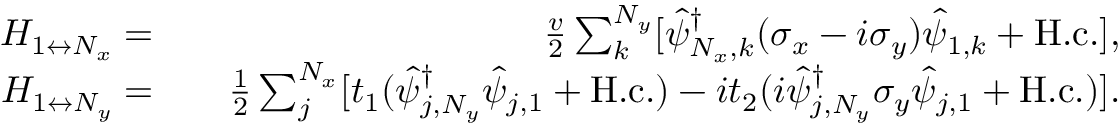
\begin{array} { r l r } { H _ { 1 \leftrightarrow N _ { x } } = } & { } & { \frac { v } { 2 } \sum _ { k } ^ { N _ { y } } [ \hat { \psi } _ { N _ { x } , k } ^ { \dag } ( \sigma _ { x } - i \sigma _ { y } ) \hat { \psi } _ { 1 , k } + \mathrm { H . c . } ] , } \\ { H _ { 1 \leftrightarrow N _ { y } } = } & { } & { \frac { 1 } { 2 } \sum _ { j } ^ { N _ { x } } [ t _ { 1 } ( \hat { \psi } _ { j , N _ { y } } ^ { \dag } \hat { \psi } _ { j , 1 } + \mathrm { H . c . } ) - i t _ { 2 } ( i \hat { \psi } _ { j , N _ { y } } ^ { \dag } \sigma _ { y } \hat { \psi } _ { j , 1 } + \mathrm { H . c . } ) ] . } \end{array}